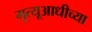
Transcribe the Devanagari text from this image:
मृत्यूआधीच्या